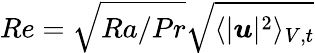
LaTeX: Re=\sqrt{Ra/Pr}\sqrt{\langle|\boldsymbol{u}|^{2}\rangle_{V,t}}